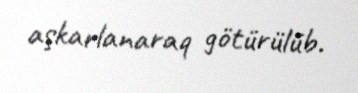
aşkarlanaraq götürülüb.